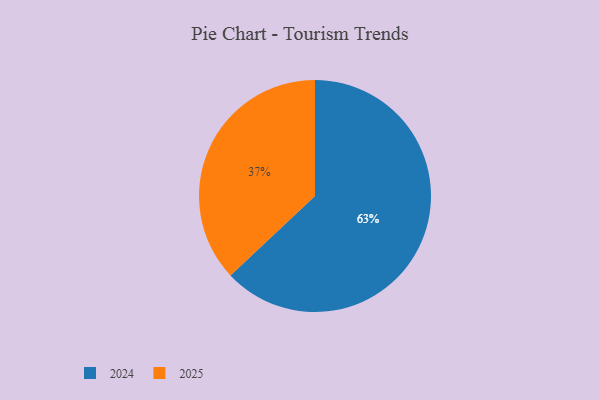
{"axis": {"x": "Category", "y": "Percentage"}, "legend": ["2024", "2025"], "data": [{"x": "2025", "y": 37, "type": "2025"}, {"x": "2024", "y": 63, "type": "2024"}]}